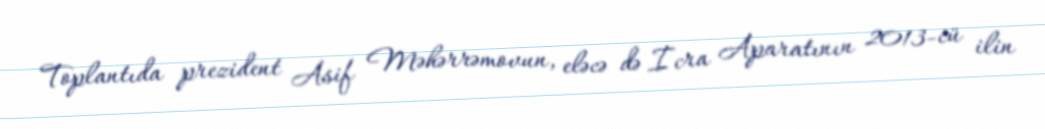
Toplantıda prezident Asif Məhərrəmovun, eləcə də İcra Aparatının 2013-cü ilin